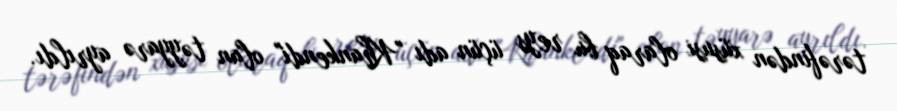
tərəfindən xüsusi olaraq bu reys üçün adı "Khankendi" olan təyyarə ayrıldı.